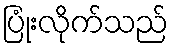
ပြုံးလိုက်သည်